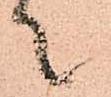
て